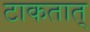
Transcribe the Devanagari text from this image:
टाकतात्